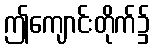
ဤကျောင်းတိုက်၌